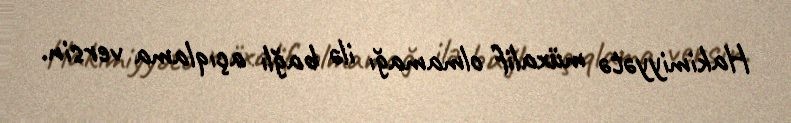
Hakimiyyətə müxalif olmamağı ilə bağlı açıqlama versin.